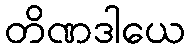
တိဏဒါယေ